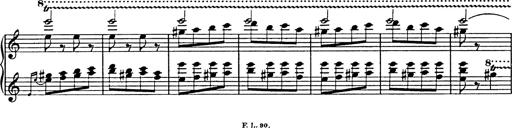
Title: Galop in A minor
Composer: Franz Liszt
Key: A minor